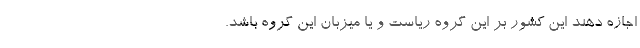
اجازه دهند این کشور بر این گروه ریاست و یا میزبان این گروه باشد.